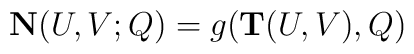
{\bf N}(U,V;Q) = g({\bf T}(U,V),Q)